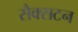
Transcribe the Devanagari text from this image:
सैक्सटन